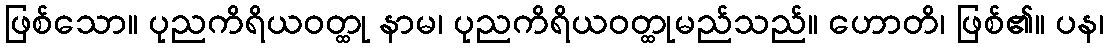
ဖြစ်သော။ ပုညကိရိယဝတ္ထု နာမ၊ ပုညကိရိယဝတ္ထုမည်သည်။ ဟောတိ၊ ဖြစ်၏။ ပန၊